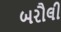
બરૌલી